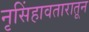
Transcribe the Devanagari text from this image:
नृसिंहावतारातून